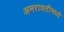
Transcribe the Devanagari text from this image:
अमरावतीमध्ये